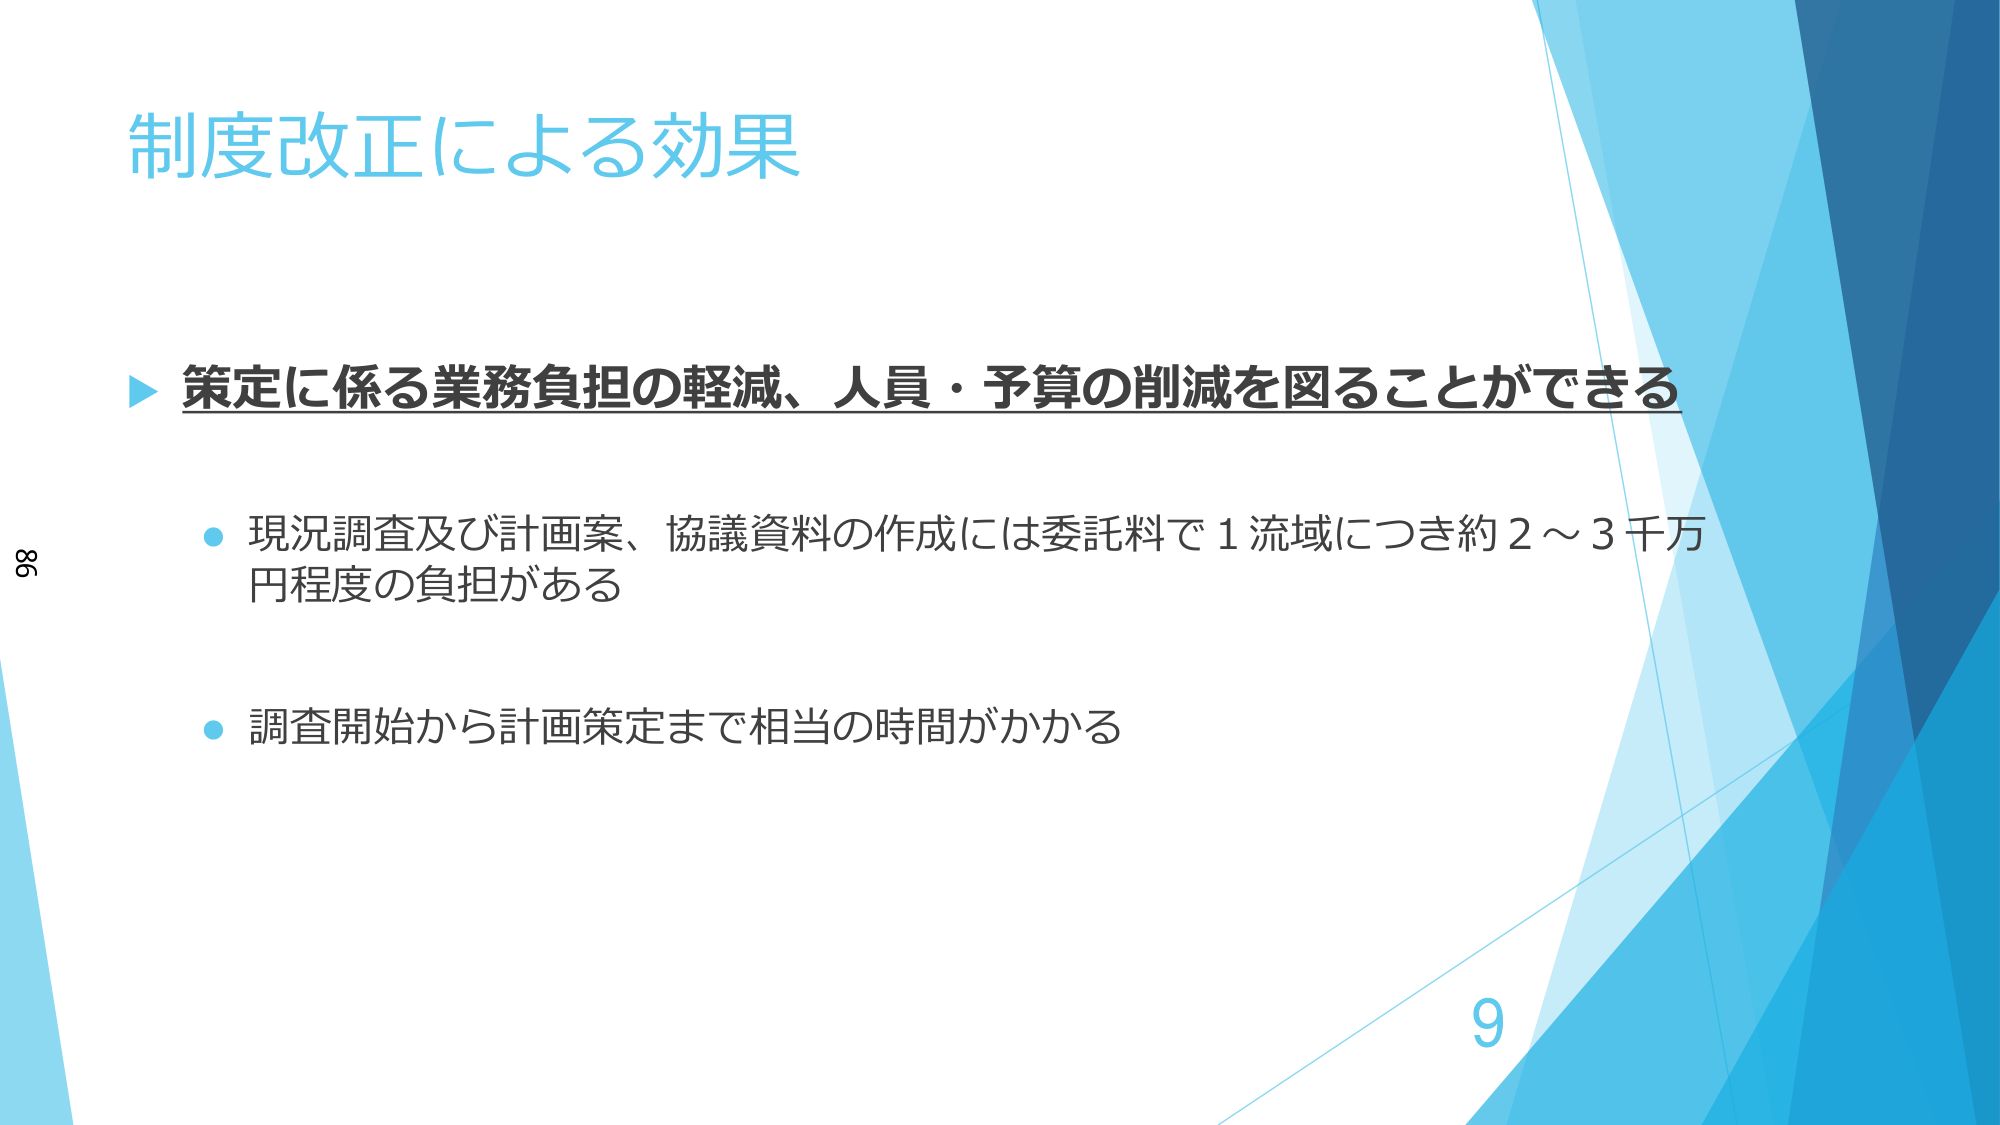
制度改正による効果

▶ 策定に係る業務負担の軽減、人員・予算の削減を図ることができる

・ 現況調査及び計画案、協議資料の作成には委託料で1流域につき約2～3千万円程度の負担がある

・ 調査開始から計画策定まで相当の時間がかかる

9

86